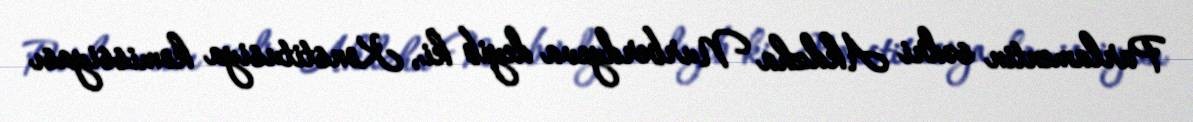
Parlamentin sədri Akdzha Nurberdyeva deyib ki, Konstitusiya komissiyası